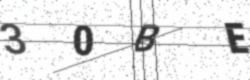
Text: 30BE